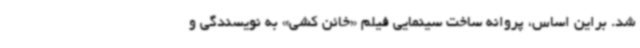
شد. براین اساس، پروانه ساخت سینمایی فیلم «خائن کشی» به نویسندگی و